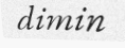
dimin